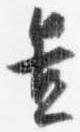
置